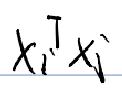
$x_{i}^\top x_{j}$